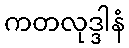
ကတလုဒ္ဒါနံ